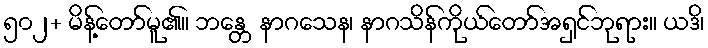
၅၀၂+ မိန့်တော်မူ၏။ ဘန္တေ နာဂသေန၊ နာဂသိန်ကိုယ်တော်အရှင်ဘုရား။ ယဒိ၊